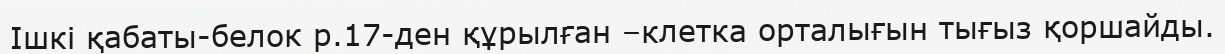
Ішкі қабаты-белок р.17-ден құрылған –клетка орталығын тығыз қоршайды.